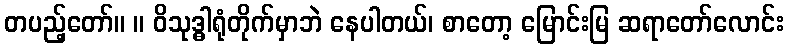
တပည့်တော်။ ။ ဝိသုဒ္ဓါရုံတိုက်မှာဘဲ နေပါတယ်၊ စာတော့ မြောင်းမြ ဆရာတော်လောင်း